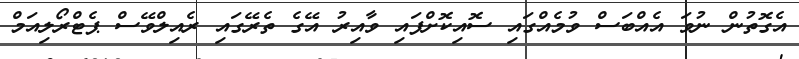
އެގޮތުން ނުވަ އެއްބަސް ވުމެއްގައި ސޮއިކޮށްފައި ވާއިރު އޭގެ ތެރޭގައި ރެއިލްވޭސް ޕެޓްރޯލިއަމް